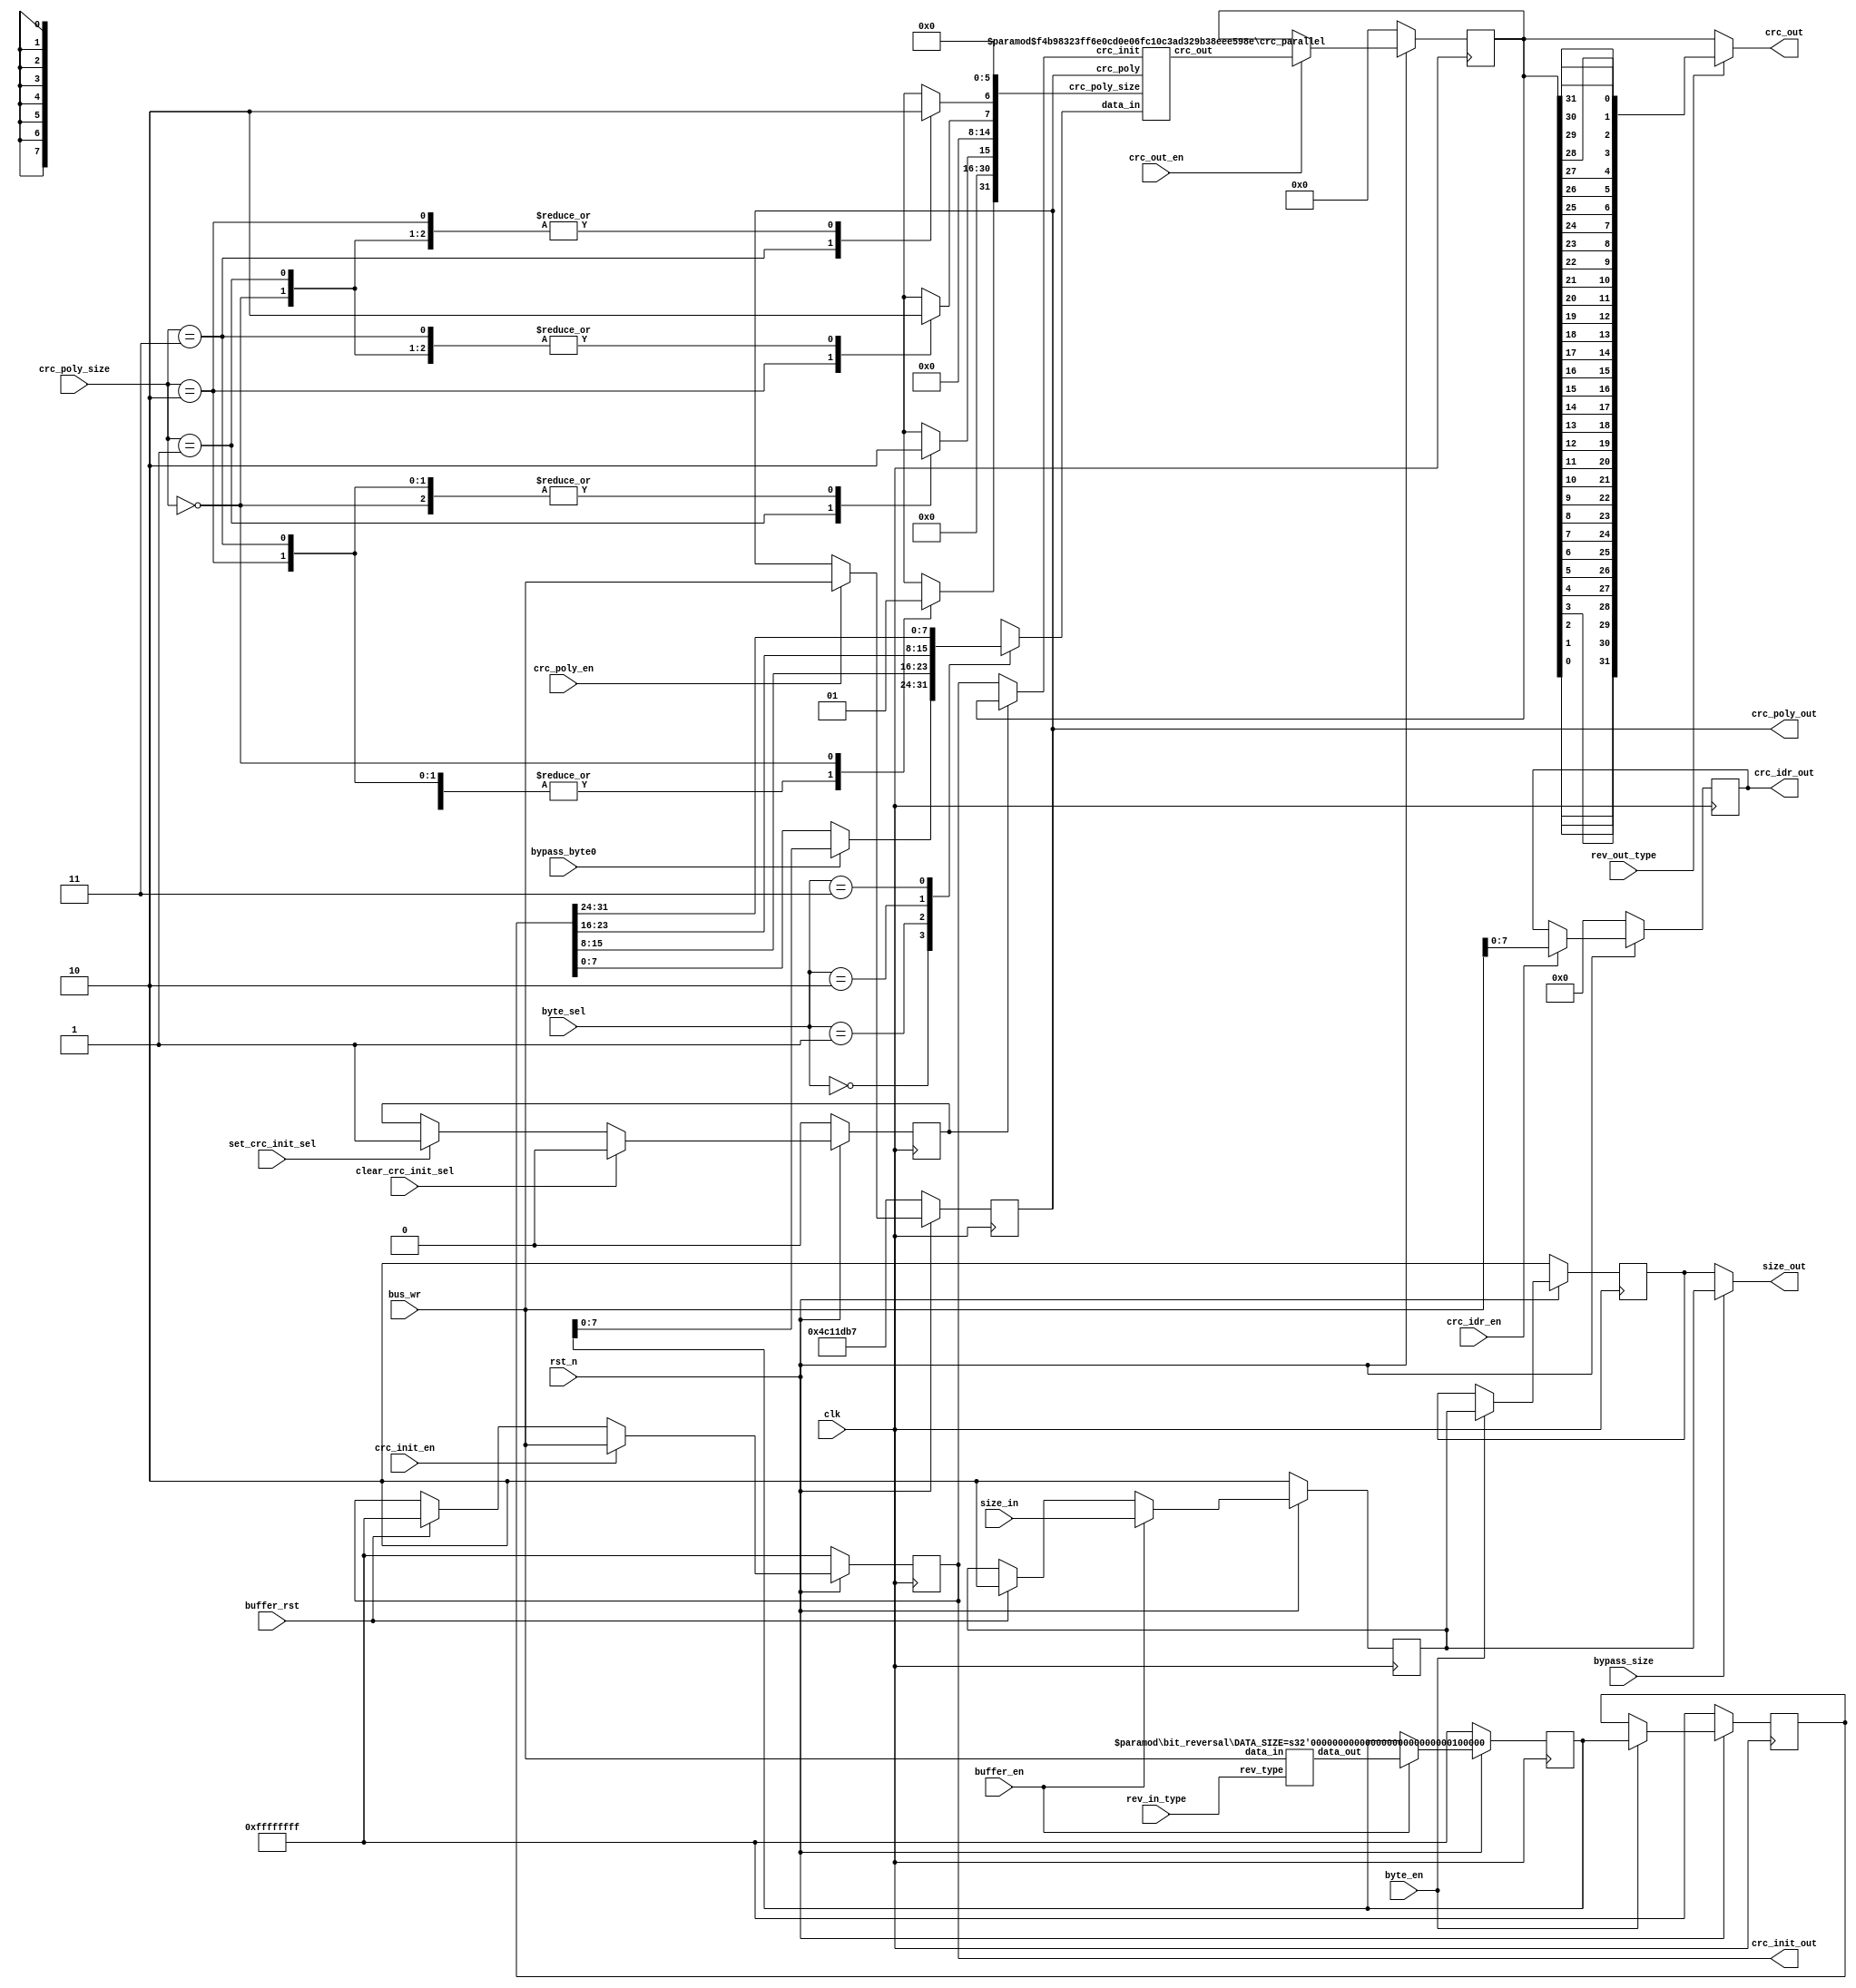
`define size ((DATA_SIZE/4) * (2 ** (type - 1)))

module crc_datapath
(
 //OUTPUTS
 output [31:0] crc_out,
 output [ 1:0] size_out,
 output [ 7:0] crc_idr_out,
 output [31:0] crc_poly_out,
 output [31:0] crc_init_out,
 //INPUTS
 input [31:0] bus_wr, //Write data Bus
 input [ 1:0] rev_in_type, //select type of reversion of bus
 input rev_out_type,
 input buffer_en,
 input byte_en,
 input crc_init_en,
 input crc_out_en,
 input crc_idr_en,
 input crc_poly_en,
 input buffer_rst,
 input bypass_byte0,
 input bypass_size,
 input [1:0] byte_sel,
 input [1:0] size_in,
 input clear_crc_init_sel,
 input set_crc_init_sel,
 input [1:0] crc_poly_size,
 input clk,
 input rst_n
);

//Reset definitions
localparam RESET_BUFFER       = 32'hffffffff;
localparam RESET_BYTE         = 32'hffffffff;
localparam RESET_BF_SIZE      = 2'b10;
localparam RESET_SIZE         = 2'b10;
localparam RESET_CRC_INIT_SEL = 1'b0;
localparam RESET_CRC_INIT     = 32'hffffffff;
localparam RESET_CRC_OUT      = 32'h0;
localparam RESET_CRC_IDR      = 8'h0;
localparam RESET_CRC_POLY     = 32'h04c11db7;

//Parameters definitions
localparam BYTE_0 = 2'b00; 
localparam BYTE_1 = 2'b01; 
localparam BYTE_2 = 2'b10; 
localparam BYTE_3 = 2'b11; 

localparam POLY_SIZE_32 = 2'b00;
localparam POLY_SIZE_16 = 2'b01;
localparam POLY_SIZE_8  = 2'b10;
localparam POLY_SIZE_7  = 2'b11;

//Flops Definition
reg [31:0] buffer_ff;
reg [31:0] byte_ff;
reg [31:0] crc_init_ff;
reg [31:0] crc_out_ff;
reg [31:0] crc_poly_ff;
reg [ 7:0] crc_idr_ff;
reg [ 1:0] bf_size_ff;
reg [ 1:0] size_ff;
reg crc_init_sel_ff;

//internal signals definition
reg [7:0] crc_data_in;
reg crc_poly_size_7; 
reg crc_poly_size_8; 
reg crc_poly_size_16;
reg crc_poly_size_32;
wire [31:0] bus_reversed;
wire [31:0] crc_init_mux;
wire [31:0] crc_unit_out;
wire [31:0] crc_poly_size_in;
wire [31:0] crc_out_rev;
wire [ 7:0] byte0_in;
wire [ 7:0] byte1_in;
wire [ 7:0] byte2_in;
wire [ 7:0] byte3_in;
wire [ 7:0] byte0_mux_out;

//Instantiatin of bit_reversed module 
//to perform reversion fuctionality according with rev_type bits
bit_reversal 
#(
 .DATA_SIZE ( 32 )
)REV_IN
(
 .data_out ( bus_reversed    ),
 .data_in  ( bus_wr          ),
 .rev_type ( rev_in_type     )
);

//Definition of Registers buffer_ff and byte_ff
always @(posedge clk)
 begin
  if(!rst_n)
   begin
    buffer_ff  <= RESET_BUFFER; 
    byte_ff    <= RESET_BYTE; 
   end 
  else
   begin
    if(buffer_en)
     buffer_ff <= bus_reversed;
    //else
    // if(buffer_rst)
    //  buffer_ff <= RESET_BUFFER;

    if(byte_en)
     byte_ff <= buffer_ff;
   end
 end

//Definition of Registers bf_size_ff and size_ff
always @(posedge clk)
 begin
  if(!rst_n)
   begin
    bf_size_ff <= RESET_BF_SIZE;
    size_ff    <= RESET_SIZE;
   end 
  else
   begin
    if(buffer_en)
     bf_size_ff <= size_in;
    else
     if(buffer_rst)
      bf_size_ff <= RESET_BF_SIZE;

    if(byte_en)
     size_ff <= bf_size_ff;
   end
 end

//Mux to bypass size_ff
//This informatin is used by FSM to decide the size of the current operatin  
assign size_out = (bypass_size) ? bf_size_ff : size_ff;

assign byte0_in = byte_ff[ 7: 0];
assign byte1_in = byte_ff[15: 8];
assign byte2_in = byte_ff[23:16];
assign byte3_in = byte_ff[31:24];

//Mux to bypass byte0_ff
assign byte0_mux_out = (bypass_byte0) ? buffer_ff[7:0] : byte0_in;

//Mux to select input of CRC Unit
//TODO:AVALIAR A INFLUENCIA DA CODIFICACAO DA FSM NO SINAL BYTE_SEL 
always @(*)
 begin
  crc_data_in = 32'h0;
  case(byte_sel)
   BYTE_0: crc_data_in = byte0_mux_out;
   BYTE_1: crc_data_in = byte1_in;
   BYTE_2: crc_data_in = byte2_in;
   BYTE_3: crc_data_in = byte3_in;
   default:crc_data_in = 32'h0;
  endcase
 end

//Definition of Register crc_init_sel_ff
//This is a set/clear flop where the clear wins set
//This flop controls when the CRC operation is chained (crc_init_sel_ff = 1) or not
//In the chained operatin the current crc calculation depends of the previous crc calculated
//in the unchained operatin the current crc calculation depends of value of crc_init register
always @(posedge clk)
 begin
  if(!rst_n)
   crc_init_sel_ff <= RESET_CRC_INIT_SEL;
  else
   begin
    if(clear_crc_init_sel)
     crc_init_sel_ff <= 1'b0;
    else
     if(set_crc_init_sel)
      crc_init_sel_ff <= 1'b1;
   end
 end

//This register contains the init value used in non chained operatin of crc
assign crc_init_out = crc_init_ff;
always @(posedge clk)
 begin
  if(!rst_n)
   crc_init_ff <= RESET_CRC_INIT;
  else
   if(crc_init_en) 
    crc_init_ff <= bus_wr;
	 else
	   if(buffer_rst)
			 crc_init_ff <= RESET_CRC_INIT;
 end

//This register contains the final value of crc
always @(posedge clk)
 begin
  if(!rst_n)
   crc_out_ff <= RESET_CRC_OUT;
  else
   if(crc_out_en) 
    crc_out_ff <= crc_unit_out;
 end

//this is a general purpouse register
//see the spec for more details
assign crc_idr_out = crc_idr_ff;
always @(posedge clk)
 begin
  if(!rst_n)
   crc_idr_ff <= RESET_CRC_IDR;
  else
   if(crc_idr_en) 
    crc_idr_ff <= bus_wr[7:0];
 end

//This register contains the polynomial coefficients to crc calculation
assign crc_poly_out = crc_poly_ff;
always @(posedge clk)
 begin
  if(!rst_n)
   crc_poly_ff <= RESET_CRC_POLY;
  else
   if(crc_poly_en) 
    crc_poly_ff <= bus_wr;
 end

//Mux that define the type of operation (chained or not)    
assign crc_init_mux = (crc_init_sel_ff) ? crc_out_ff : crc_init_ff;

//Decoding of crc_poly_sizesignal
always @(*)
 begin
  crc_poly_size_7  = 1'b0;
  crc_poly_size_8  = 1'b0;
  crc_poly_size_16 = 1'b0;
  crc_poly_size_32 = 1'b0;
  case(crc_poly_size)
   POLY_SIZE_7 : crc_poly_size_7  = 1'b1;
   POLY_SIZE_8 : crc_poly_size_8  = 1'b1;
   POLY_SIZE_16: crc_poly_size_16 = 1'b1;
   POLY_SIZE_32: crc_poly_size_32 = 1'b1;
  endcase
 end

//This signal define the configurability of the CRC Unit
//In this case, the size of the polynomial can be: 7, 8, 16 or 32
assign crc_poly_size_in = {crc_poly_size_32, 15'h0, crc_poly_size_16, 7'h0, crc_poly_size_8, crc_poly_size_7, 6'h0};

//Instanciation of CRC Unit
//The module is configured to calculate CRC of 32 bits for 8 bits of data in parallel
crc_parallel
#(
 .CRC_SIZE   ( 32 ),
 .FRAME_SIZE ( 8  )
)CRC_UNIT
(
 .crc_out       ( crc_unit_out     ),
 .data_in       ( crc_data_in      ),
 .crc_init      ( crc_init_mux     ),
 .crc_poly      ( crc_poly_ff      ),
 .crc_poly_size ( crc_poly_size_in )
);

//crc_out_rev[31:0] = crc_out_ff[0:31]
generate
 genvar i;
 for(i = 0; i < 32; i = i + 1)
  assign crc_out_rev[i] = crc_out_ff[31 - i];
endgenerate

assign crc_out = (rev_out_type) ? crc_out_rev : crc_out_ff;

endmodule
module crc_parallel
#(
	parameter CRC_SIZE      = 8,         // Define the size of CRC Code
	parameter FRAME_SIZE    = 8          // Number of bits in the data block
)(
	//OUTPUTS
	output [CRC_SIZE   - 1 : 0] crc_out,
	//INPUTS
	input  [FRAME_SIZE - 1 : 0] data_in,
	input  [CRC_SIZE   - 1 : 0] crc_init,
	input  [CRC_SIZE   - 1 : 0] crc_poly,
	input  [CRC_SIZE   - 1 : 0] crc_poly_size
);
localparam ENABLE  = {CRC_SIZE{1'b1}};
localparam DISABLE = {CRC_SIZE{1'b0}};

wire [CRC_SIZE - 1 : 0] crc_comb_out[0 : FRAME_SIZE];
wire [CRC_SIZE - 1 : 0] poly_sel    [1 : CRC_SIZE - 1];
wire [CRC_SIZE - 1 : 0] sel_out     [0 : CRC_SIZE - 1];
wire [CRC_SIZE - 1 : 0] crc_init_sel[0 : CRC_SIZE - 1];
wire [CRC_SIZE - 1 : 0] poly_mux;
wire [CRC_SIZE - 1 : 0] crc_poly_size_reversed;
wire [CRC_SIZE - 1 : 0] crc_init_justified;

assign poly_mux[0] = crc_poly[0];
generate
  genvar k;
	for(k = 1; k < CRC_SIZE; k = k + 1)
		begin
			assign poly_sel[CRC_SIZE - k] = crc_poly_size >> (k - 1);
			assign poly_mux[k] = |(crc_poly & poly_sel[k]);
		end
endgenerate

generate
	genvar l;
	for(l = 0; l < CRC_SIZE; l = l + 1)
		begin
			assign crc_poly_size_reversed[l] = crc_poly_size[CRC_SIZE - 1 - l];
			assign sel_out[l] = crc_poly_size_reversed << l;
			assign crc_out[l] = |(sel_out[l] & crc_comb_out[FRAME_SIZE]);
		end
endgenerate

generate
	genvar m;
	for(m = CRC_SIZE - 1; m >= 0; m = m - 1)
		begin
			assign crc_init_sel[m] = crc_poly_size >> (CRC_SIZE - 1 - m);
			assign crc_init_justified[m] = |(crc_init & crc_init_sel[m]);
		end
endgenerate

assign crc_comb_out[0] = crc_init_justified;

generate
	genvar i;
	for(i = 0; i < FRAME_SIZE; i = i + 1)
		begin
			crc_comb 
			#(
				.CRC_SIZE      ( CRC_SIZE      ),
				.MASK          ( ENABLE        )
			) CRC_COMB
			(
				.crc_out       ( crc_comb_out[i + 1]           ),
				.data_in       ( data_in[FRAME_SIZE - 1 - i]   ),
				.crc_in        ( crc_comb_out[i]               ),
				.crc_poly      ( poly_mux                      ),
				.crc_poly_size ( crc_poly_size[CRC_SIZE - 2:0] )
			);
		end
endgenerate

endmodule
module crc_comb
#(
	parameter CRC_SIZE      = 8,         // Define the size of CRC Code
 	parameter MASK          = 8'hff      // This mask define the level of configurability of the module
)(
	//OUTPUTS
	output [CRC_SIZE - 1 : 0] crc_out,   // CRC code after one round of calculation
	//INPUTS
	input                    data_in,    // One bit of data block
	input [CRC_SIZE - 1 : 0] crc_in,     // In cascated mode, this input is the previous calculated CRC code
	input [CRC_SIZE - 1 : 0] crc_poly,   // Generator Polynomial
  input [CRC_SIZE - 2 : 0] crc_poly_size
);

wire [CRC_SIZE - 2 : 0] MASK_REVERSED;
wire [CRC_SIZE - 1 : 0] feedback;
wire [CRC_SIZE - 2 : 0] crc_in_masked;
wire [CRC_SIZE - 2 : 0] crc_poly_size_reversed;

generate
  genvar i;
  for(i = 0; i < CRC_SIZE - 1; i = i + 1)
    begin
			assign crc_poly_size_reversed[i] = crc_poly_size[CRC_SIZE - 2 - i];
   		assign MASK_REVERSED[i] = MASK[CRC_SIZE - 2 - i]; 
		end
endgenerate

assign feedback = crc_poly & {CRC_SIZE{crc_in[CRC_SIZE - 1] ^ data_in}};
assign crc_in_masked = crc_in[CRC_SIZE - 2 : 0] & (~(crc_poly_size_reversed[CRC_SIZE - 2 : 0] & MASK_REVERSED)); 
assign crc_out = {crc_in_masked ^ feedback[CRC_SIZE - 1 : 1], feedback[0]}; 

endmodule
module bit_reversal
#(
	parameter DATA_SIZE = 32
)
(
	//OUTPUTS
	output [DATA_SIZE - 1 : 0] data_out,
	//INPUTS
	input  [DATA_SIZE - 1 : 0] data_in,
	input  [1 : 0] rev_type
);


//Bit reversing types
localparam NO_REVERSE = 2'b00; 
localparam BYTE       = 2'b01;
localparam HALF_WORD  = 2'b10;
localparam WORD       = 2'b11;

localparam TYPES = 4;

wire [DATA_SIZE - 1 : 0] data_reversed[0 : 3];


assign data_reversed[NO_REVERSE] = data_in; //bit order not affected

generate
	genvar i, type;
	for(type = 1 ; type < TYPES; type = type + 1)
		for(i = 0; i < DATA_SIZE; i = i + 1)
			begin
				if(i < `size)
					assign data_reversed[type][i] = data_in[`size*((i/`size) + 1) - 1 - i];
				else
					assign data_reversed[type][i] = data_in[`size*((i/`size) + 1) - 1 - (i%(`size*(i/`size)))];
			end
endgenerate

//Output Mux
assign data_out = data_reversed[rev_type];

endmodule